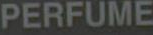
PERFUME